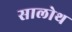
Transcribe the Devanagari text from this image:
सालोथ